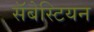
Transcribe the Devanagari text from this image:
सॅबेस्टियन